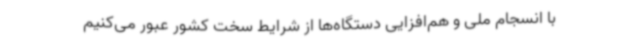
با انسجام ملی و هم‌افزایی دستگاه‌ها از شرایط سخت کشور عبور می‌کنیم